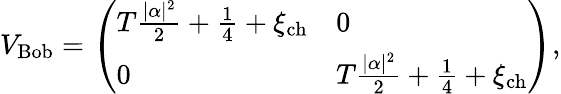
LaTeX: V_{\mathrm{Bob}}=\left(\begin{array}{ll}{T\frac{|\alpha|^{2}}{2}+\frac{1}{4}+\xi_{\mathrm{ch}}}&{0}\\ {0}&{T\frac{|\alpha|^{2}}{2}+\frac{1}{4}+\xi_{\mathrm{ch}}}\end{array}\right),